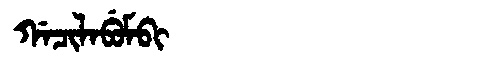
Manchu: ᡤᠠᠴᡳᠯᠠᠪᡠᠮᠪᡳ
Romanization: GACILABUMBI